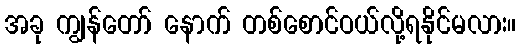
အခု ကျွန်တော် နောက် တစ်စောင်ဝယ်လို့ရနိုင်မလား။